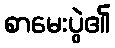
စာမေးပွဲ၏